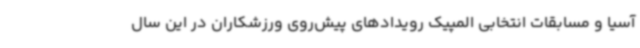
آسیا و مسابقات انتخابی المپیک رویدادهای پیش‌روی ورزشکاران در این سال